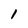
Character: I